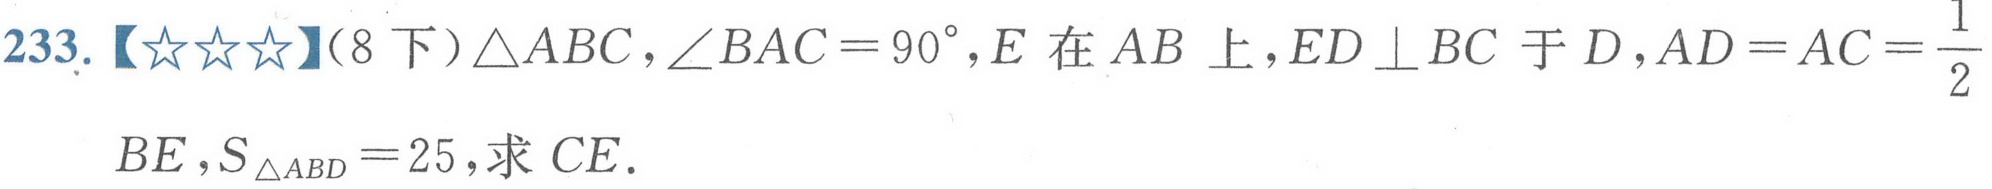
233. 【★★★】（8下）$\triangle ABC,\angle BAC = 90^{\circ},E$在$AB$上，$ED\perp BC$于$D,AD = AC=\dfrac{1}{2}BE,S_{\triangle ABD}=25$, 求$CE$.